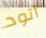
أتود